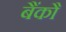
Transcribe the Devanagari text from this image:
बैंकौ